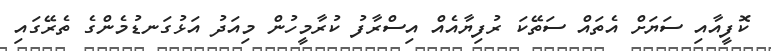
ކޮފީއާއި ސަޔަށް އެތައް ސަތޭކަ ރުފިޔާއެއް އިސްރާފު ކުރާމީހުން މިއަދު އަޅުގަނޑުމެންގެ ތެރޭގައި